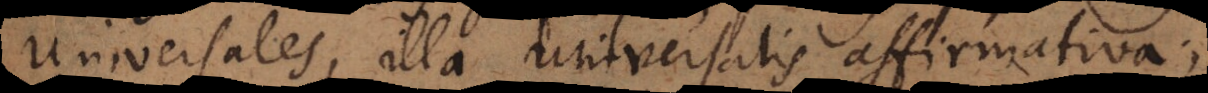
universales, illa universalis affirmativa,